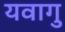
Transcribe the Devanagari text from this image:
यवागु